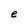
Character: e